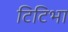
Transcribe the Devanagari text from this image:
टिटिभा